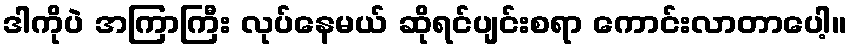
ဒါကိုပဲ အကြာကြီး လုပ်နေမယ် ဆိုရင်ပျင်းစရာ ကောင်းလာတာပေါ့။